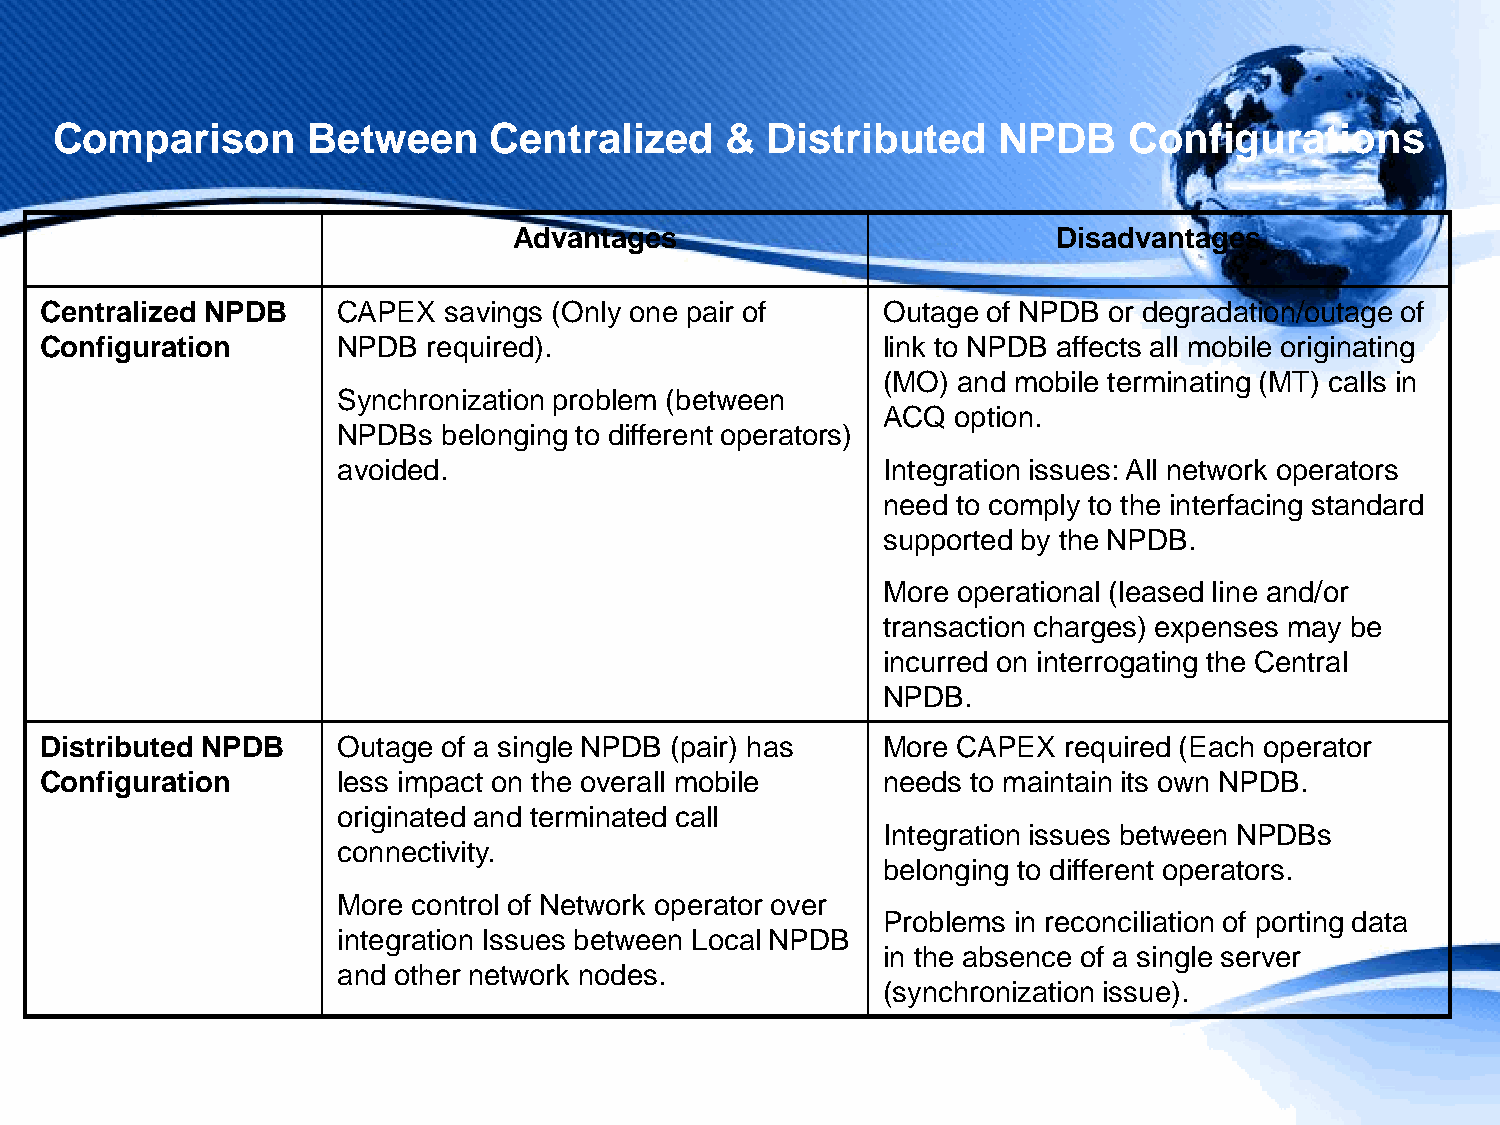
Comparison       Between     Centralized     &  Distributed    NPDB     Configurations
 Advantages                          Disadvantages
 Centralized NPDB   CAPEX  savings (Only one pair of    Outage of NPDB or degradation/outage of
 Configuration      NPDB  required).                    link to NPDB affects all mobile originating
 (MO) and mobile terminating (MT) calls in
 Synchronization problem (between
 ACQ  option.
 NPDBs  belonging to different operators)
 avoided.                            Integration issues: All network operators
 need to comply to the interfacing standard
 supported by the NPDB.
 More operational (leased line and/or
 transaction charges) expenses may be
 incurred on interrogating the Central
 NPDB.
 Distributed NPDB   Outage of a single NPDB (pair) has  More CAPEX  required (Each operator
 Configuration      less impact on the overall mobile   needs to maintain its own NPDB.
 originated and terminated call
 Integration issues between NPDBs
 connectivity.
 belonging to different operators.
 More control of Network operator over
 Problems in reconciliation of porting data
 integration Issues between Local NPDB
 in the absence of a single server
 and other network nodes.
 (synchronization issue).